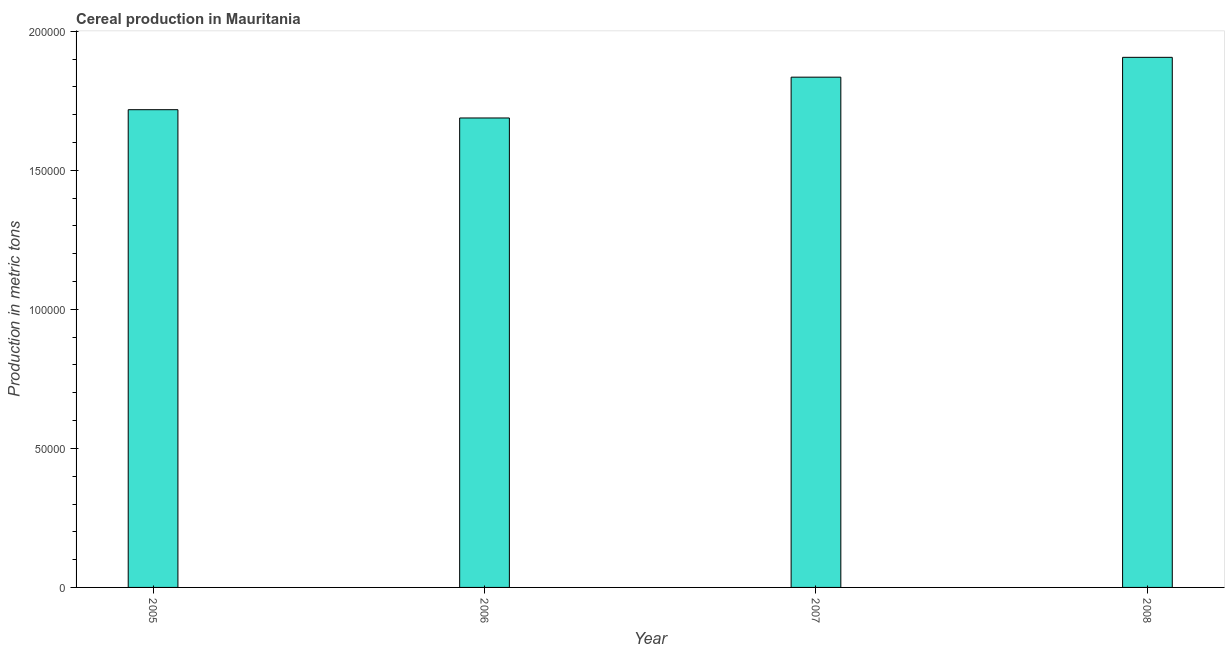
| Year | Cereal production |
 | --- | --- |
 | 2005 | 1.72e+05 |
 | 2006 | 1.69e+05 |
 | 2007 | 1.83e+05 |
 | 2008 | 1.91e+05 |